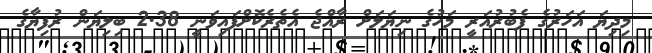
މިދިޔަ އަހަރުގެ ފެބުރުއަރީ މަހުގެ ނިޔަލަށް ރާއްޖެ އެތެރެކޮށްފައިވަނީ 2.38 ބިލިޔަން ރުފިޔާގެ